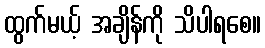
ထွက်မယ့် အချိန်ကို သိပါရစေ။